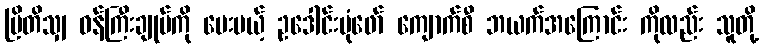
ဗြိတိသျှ ဝန်ကြီးချုပ်ကို ပေးမယ့် ဥဒေါင်းပုံဖော် ကျောက်စီ ဘယက်အကြောင်း ကိုလည်း သူတို့